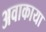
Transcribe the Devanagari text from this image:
अवाकाया